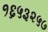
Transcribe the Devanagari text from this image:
१६५३२५७